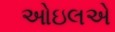
ઓઇલએ